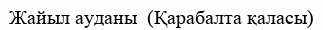
Жайыл ауданы  (Қарабалта қаласы)